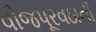
વીજપૂરવઠાની